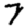
Digit: 7